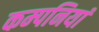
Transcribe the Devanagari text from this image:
कम्‍पनियां